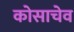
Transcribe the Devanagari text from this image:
कोसाचेव